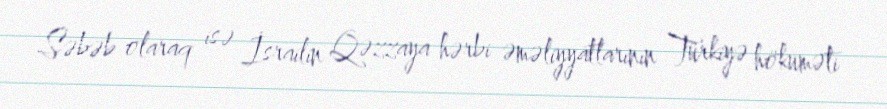
Səbəb olaraq isə İsrailin Qəzzaya hərbi əməliyyatlarının Türkiyə hökuməti